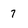
Character: 7